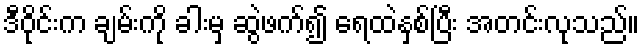
ဒီဝိုင်းက ချမ်းကို ခါးမှ ဆွဲဖက်၍ ရေထဲနှစ်ပြီး အတင်းလုသည်။